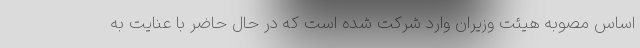
اساس مصوبه هیئت وزیران وارد شرکت شده است که در حال حاضر با عنایت به